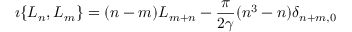
\i \{ L _ { n } , L _ { m } \} = ( n - m ) L _ { m + n } - \frac { \pi } { 2 \gamma } ( n ^ { 3 } - n ) \delta _ { n + m , 0 } \,